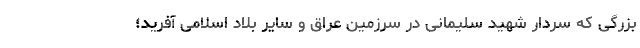
بزرگی که سردار شهید سلیمانی در سرزمین عراق و سایر بلاد اسلامی آفرید؛